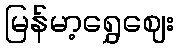
မြန်မာ့ရွှေဈေး